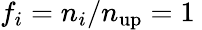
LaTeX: f_{i}=n_{i}/n_{\mathrm{up}}=1\